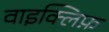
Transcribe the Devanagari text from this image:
वाइक्लिफ़